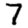
Digit: 7